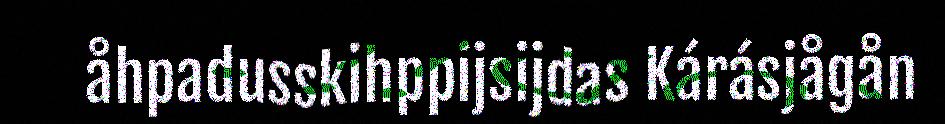
åhpadusskihppijsijdas Kárásjågån